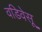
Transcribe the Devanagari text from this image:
वडिवेसू